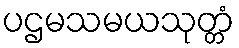
ပဌမသမယသုတ္တံ